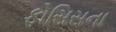
ફોસિસના